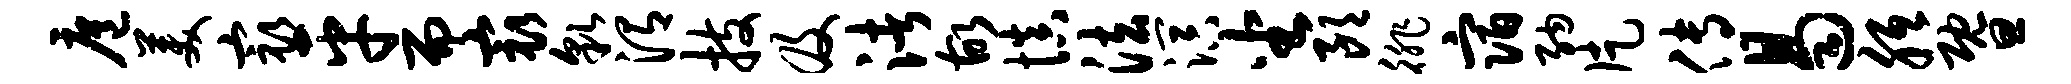
扈美最平而最貌渭技及渚故慎法溟坐朗徘宿纳片传曷胝暨